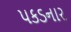
પકડનાર